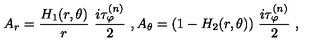
A _ { r } = \frac { H _ { 1 } ( r , \theta ) } { r } \ \frac { i \tau _ { \varphi } ^ { ( n ) } } { 2 } \ , A _ { \theta } = ( 1 - H _ { 2 } ( r , \theta ) ) \ \frac { i \tau _ { \varphi } ^ { ( n ) } } { 2 } \ ,